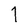
Character: 1